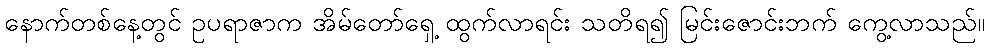
နောက်တစ်နေ့တွင် ဥပရာဇာက အိမ်တော်ရှေ့ ထွက်လာရင်း သတိရ၍ မြင်းဇောင်းဘက် ကွေ့လာသည်။